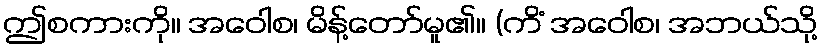
ဤစကားကို။ အဝေါစ၊ မိန့်တော်မူ၏။ (ကိံ အဝေါစ၊ အဘယ်သို့